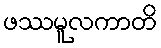
ဖဿမူလကာတိ